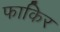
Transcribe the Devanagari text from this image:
फाकिर